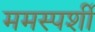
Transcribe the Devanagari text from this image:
ममस्पर्शी